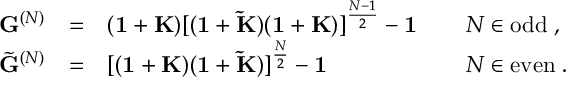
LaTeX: \begin{array} { l l l l } { { { \bf G } ^ { ( N ) } } } & { { = } } & { { ( { \bf 1 } + { \bf K } ) [ ( { \bf 1 } + { \bf \tilde { K } } ) ( { \bf 1 } + { \bf K } ) ] ^ { \frac { N - 1 } { 2 } } - { \bf 1 } \; \; \; } } & { { \; N \in \mathrm { o d d } \; , } } \\ { { \tilde { { \bf G } } ^ { ( N ) } } } & { { = } } & { { [ ( { \bf 1 } + { \bf K } ) ( { \bf 1 } + { \bf \tilde { K } } ) ] ^ { \frac { N } { 2 } } - { \bf 1 } \; \; \; } } & { { \; N \in \mathrm { e v e n } \; . } } \end{array}